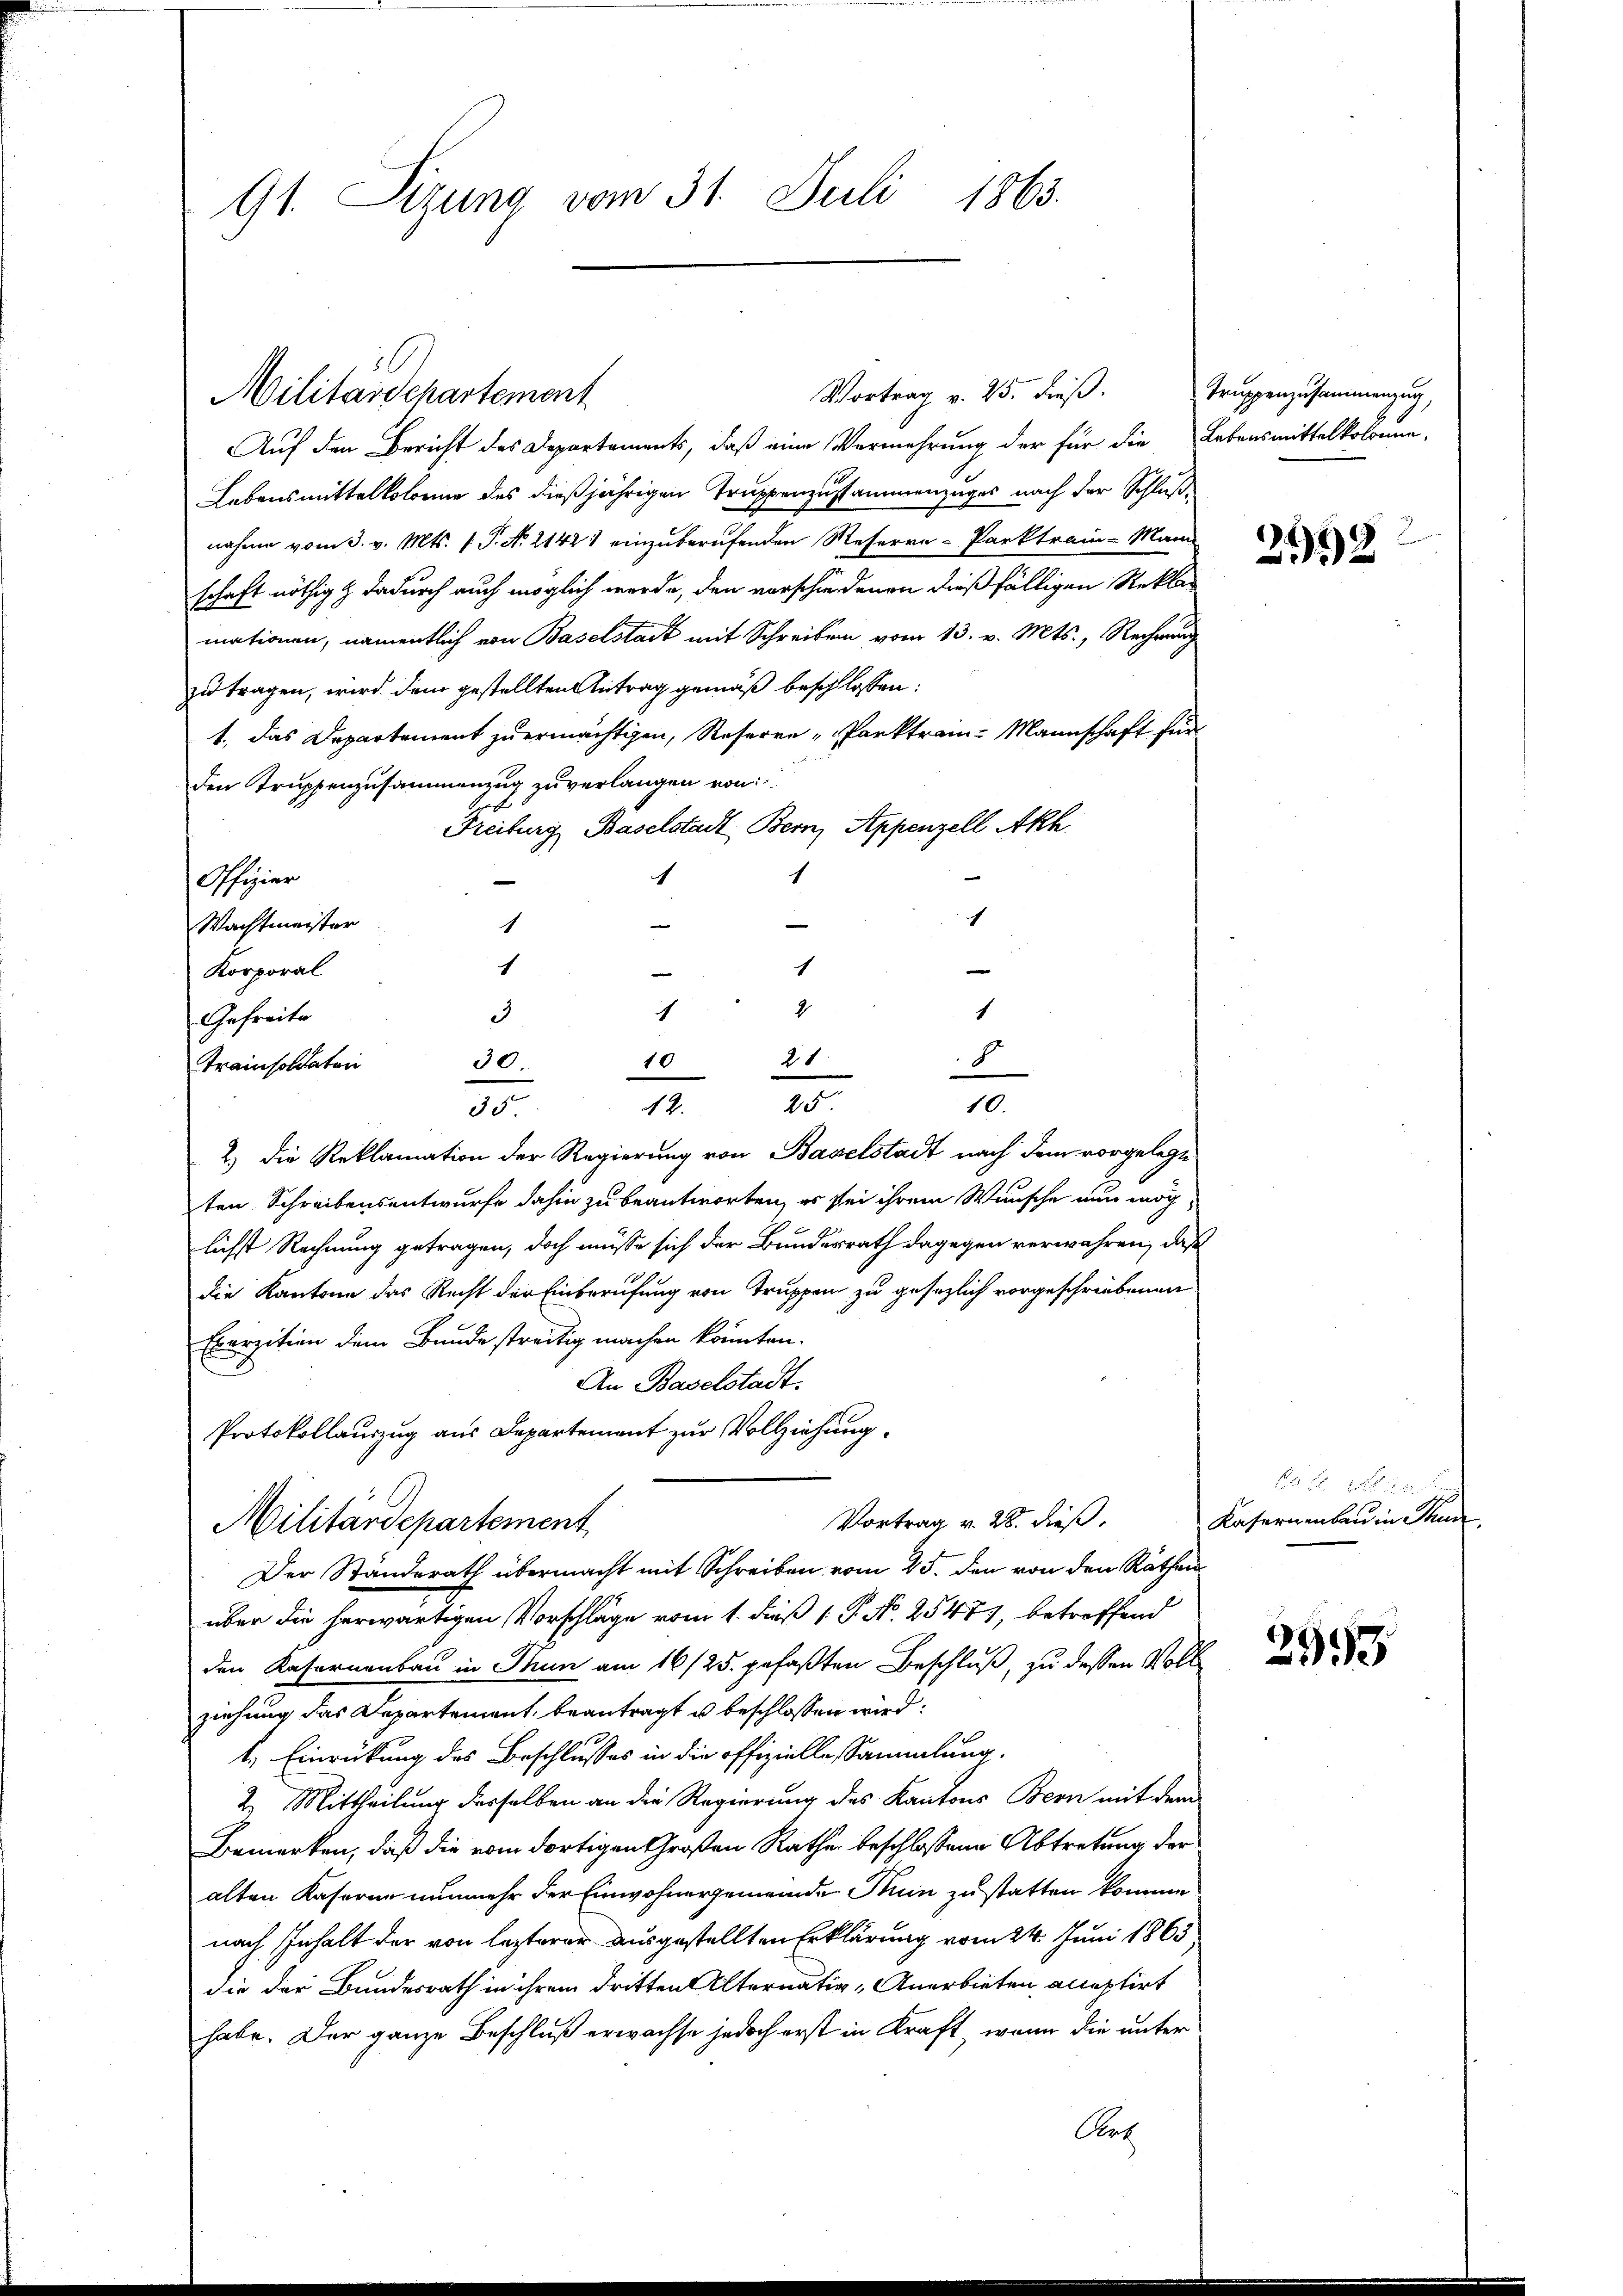
91. Sizung vom 31. Juli 1863.

Militärdepartement

Vortrag v. 25. dieß.
Auf den Bericht des Departements, daß eine Vermehrung der für die Lebensmittelkolonne-
Lebensmittelkolonie des dießjährigen Truppenzusammenzuges nach der Schlußnahme vom 3. v. Mts. 1. P. N. 21421 einzuberufenden Reserre-Parktrain-Mann
u
schaft nöthig & dadurch auch möglich werde, den vorschiedenen dießfälligen Reklamationen, namentlich von Baselstadt mit Schreiben vom 13. v. Mts., Rechnung
zu tragen, wird dem gestellten Antrag gemäß beschlossen:
1., das Departement zu ermächtigen, Reseren Parktrain-Mannschaft für
Den Truppenzusammenzug zu verlangen von
Freiburg Baselstadt Bern, Appenzell Akh.
h
1
Offizier
c
Wachtmeister
1
Korporal
Gefreite
Trainsoldaten
2.) Die Reklamation der Regierung von Baselstadt nach dem vorgelegt
ten Schreibensentwurfe dahin zu beantworten, es sei ihrem Wunsche nun möch
lichst Rechnung getragen, doch müsse sich der Bundesrath dagegen verwahren, daß
16
die Kantone das Recht der Einberufung von Truppen zu gesezlich vorgeschriebenen
Exerzition dem Bunde streitig machen könnten.
An Baselstadt.
Protokollauszug aus Departement zur Vollziehung.
Vortrag v. 28. dieß.
Militärdepartement
Der Ständerath übermacht mit Schreiben vom 25. den von den Räthen
über die herwärtigen Vorschläge vom 1. dieß P. No. 25473, betreffend
den Kasernenbau in Thun am 16/25. gefaßten Beschluß, zu dessen Voll
ziehung das Departement, beantragt u beschlossen wird:
t. Einrückung des Beschlusses in die offizielle Sammlung
2. Mittheilung derselben an die Regierung des Kantons Bern mit dem
Bemerken, daß die vom dortigen Großen Rathe beschlossene Abtretung der
alten Kaserne nunmehr der Einwohnergemeinde Ruin zu statten kommen
nach Inhalt der von lezterer ausgestellten Erklärung vom 24. Juni 1863
die der Bundesrath in ihrem dritten Alternativ Anerbieten aleptirt
habe. Der ganze Beschluß erwachse jedoch erst in Kraft, wenn die unter
Art

1
h
2
1
2
3
21
30.
8
10
20
10.
12.
35.

Truppenzusammenzug,

2192

E f
Kasernenbau in Stun

2999